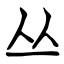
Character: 丛